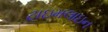
ટાઇમલાઇન